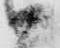
御